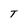
Character: T